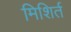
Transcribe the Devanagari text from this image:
मिशिर्त